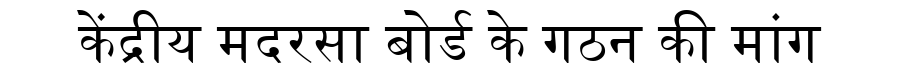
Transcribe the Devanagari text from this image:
केंद्रीय मदरसा बोर्ड के गठन की मांग